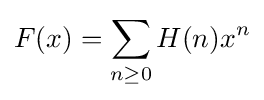
F(x)=\sum _{n\geq 0}H(n)x^{n}